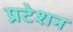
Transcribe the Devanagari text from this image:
प्रटेशन